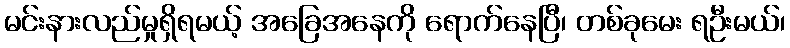
မင်းနားလည်မှုရှိရမယ့် အခြေအနေကို ရောက်နေပြီ၊ တစ်ခုမေး ရဦးမယ်၊